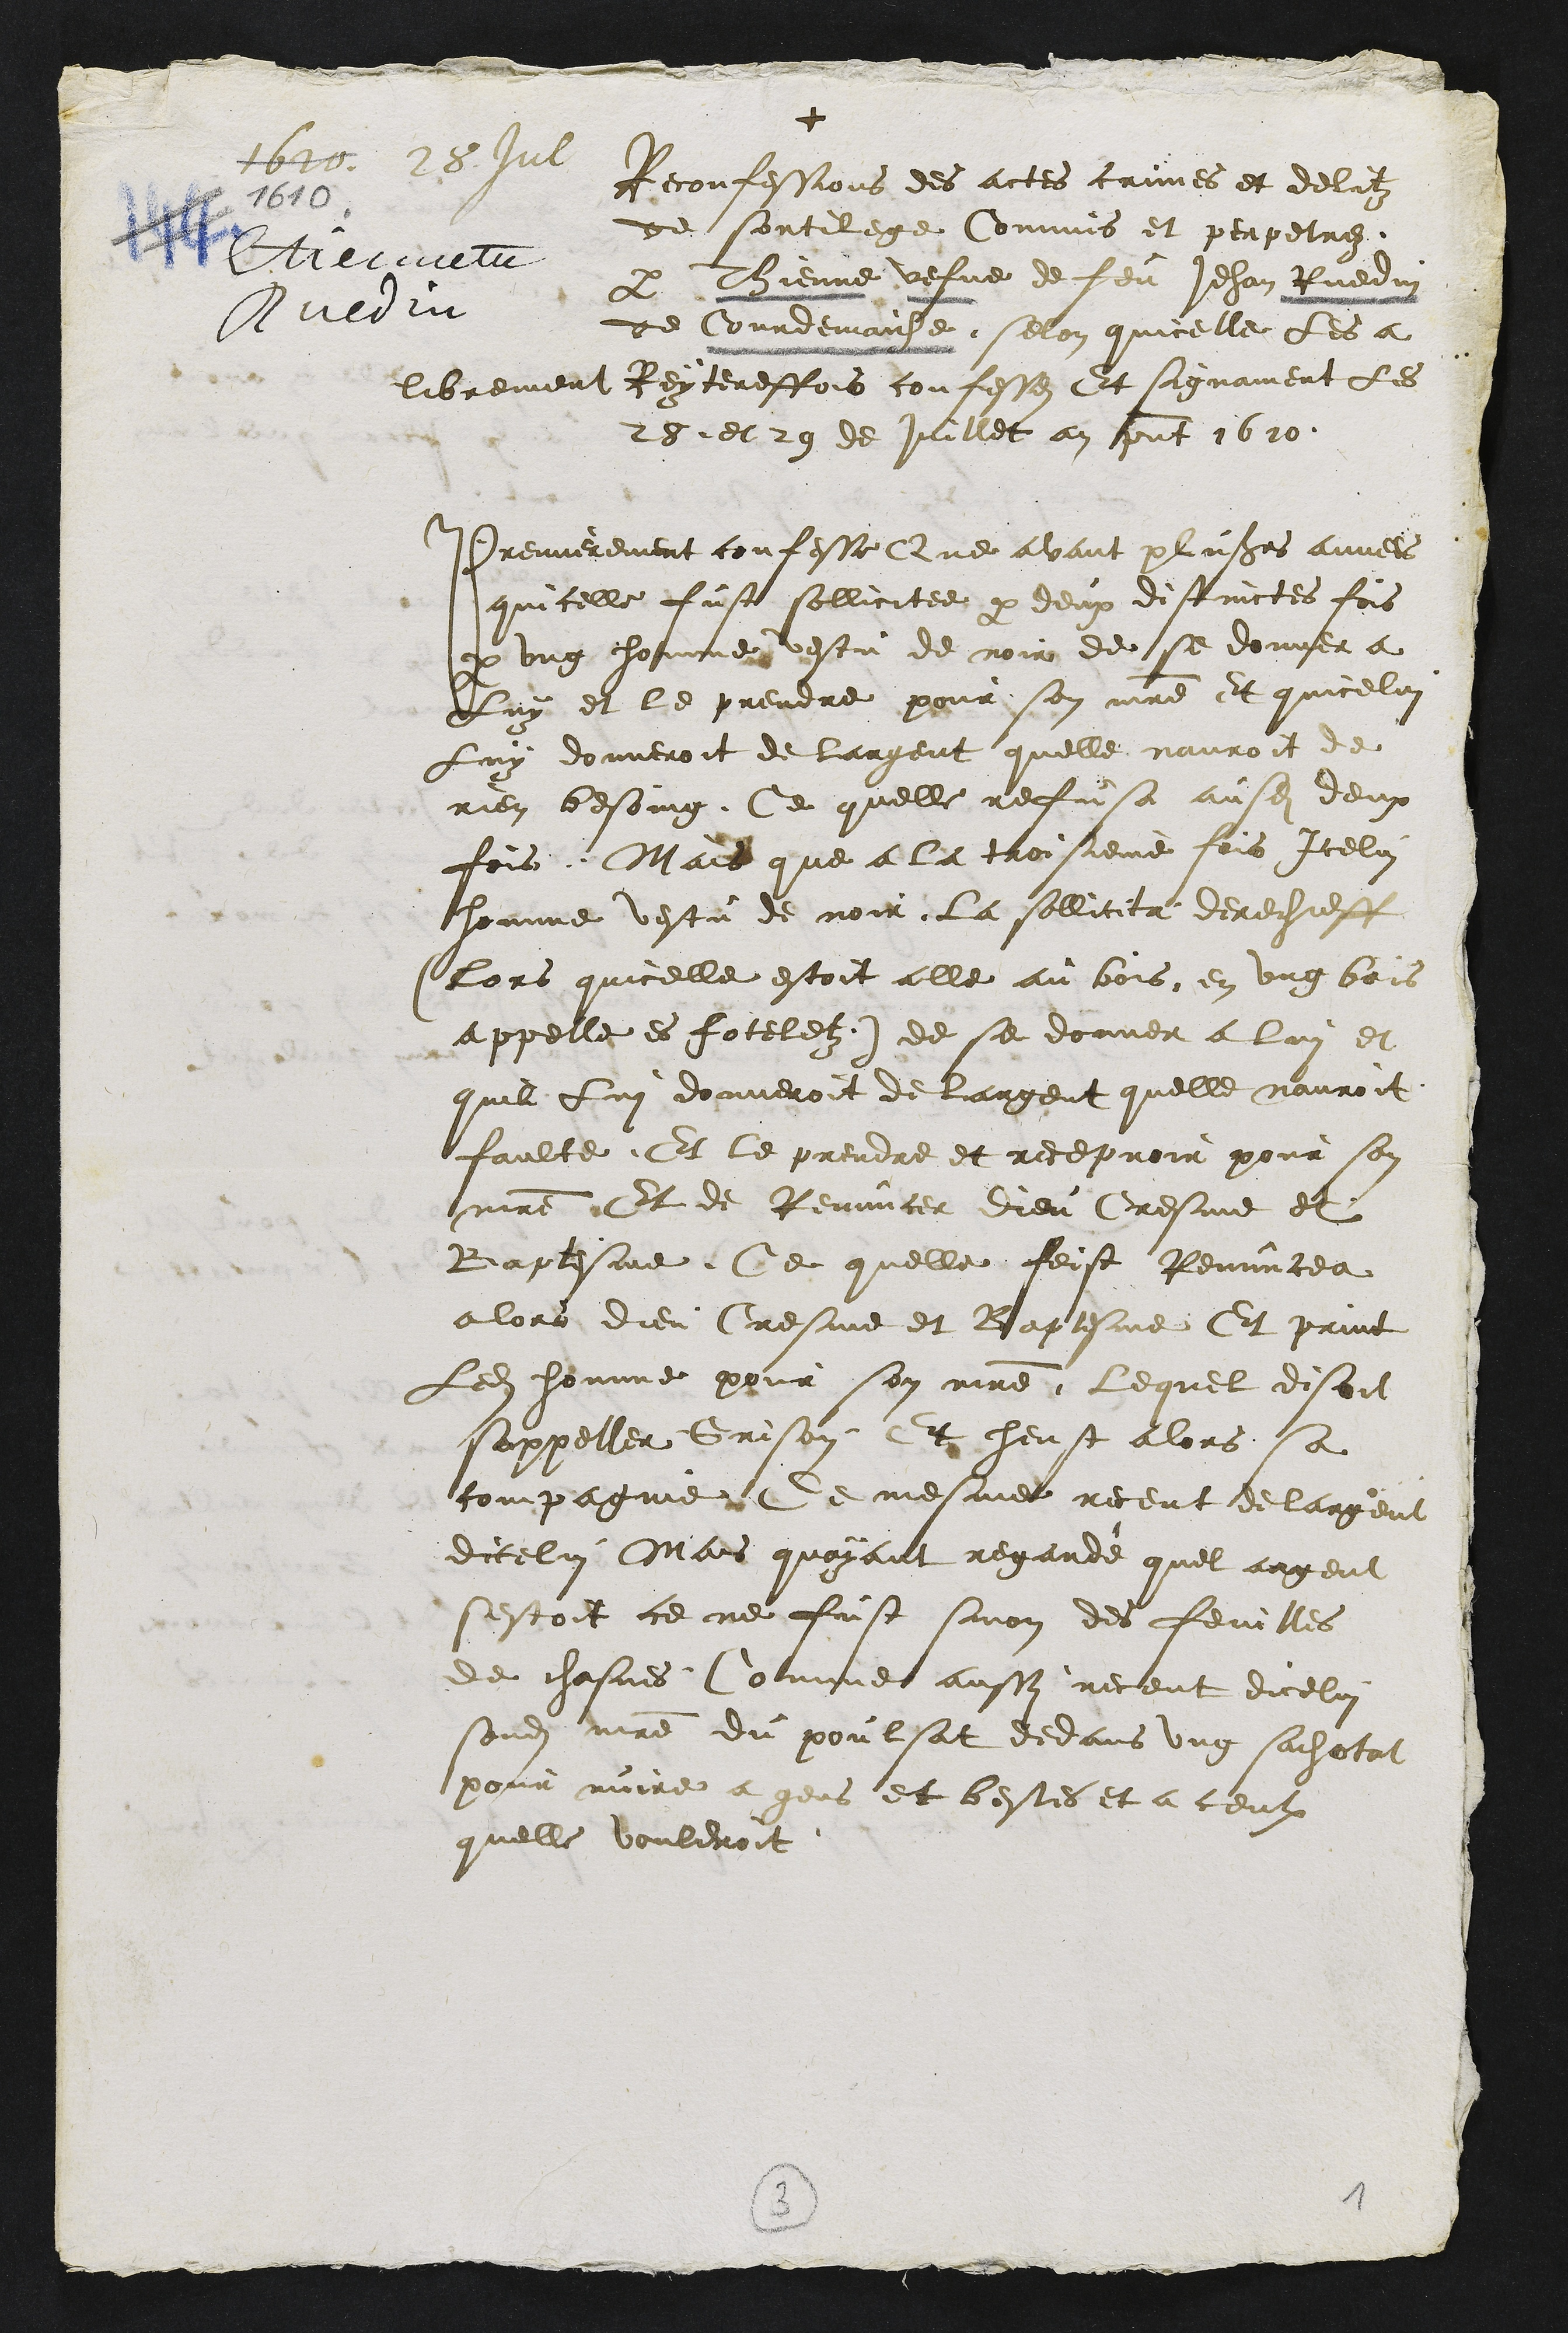
+
1620 1610 28 et
traicte
leur
Reconfessions des actes crimes et delitz
de sortilege Commis et perpetres
a bienne vefve de feu Jehan Buedi
de Courdemaiche selon quicelle Les a
librement reytereffois confesses Et signament les
25 et que de ville an present 1610
Premierement confesse Que avant plusieurs annees
quicelle fust sollicitee par deux distinctes fois
y ung homme vestu de noir de se donner a
Luy et le prendre pour son maitre et quicelui
Luy donneroit de largent quelle nauroit de
rien besoing Ce quelle refusa ausdites deux
fois, Mais que a la troisieme fois Icelui
homme vestu de noir la sollicita derechieff
lors quicelle estoit alle au bois en ung bois
appelle es fotelet de se donner a lui et
quil Lui donneroit de largent quelle nauroit
faulte Et le prendre et recepvoir pour son
maitre Et de Renuncer dieu Cresme et
Baptesme, Ce quelle feist Renuncea
alors dieu Cresme et Baptesme Et print
Ledit homme pour son maitre Lequel disoit
sappeller Grison. Et heust alors sa
compagnie de mesme receut de largent
dicelui Mais quayant regarde quel argent
sestoit ce ne fust sinon des feuilles
de chasnes. Comme aussi recent dicelui
sondit maitre du poulsat dedans ung sachatat
pour nuire a gens et bestes et a ceulx
quelle vouleroit